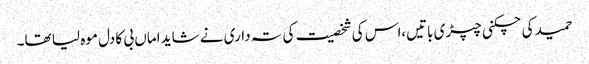
حمید کی چکنی چپڑی باتیں،اس کی شخصیت کی تہ داری نے شاید اماں بی کا دل موہ لیا تھا۔